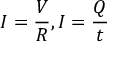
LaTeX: I = { \frac { V } { R } } , I = { \frac { Q } { t } }